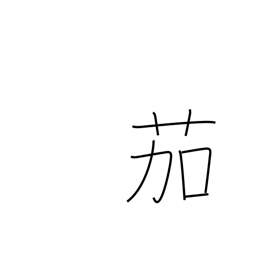
Meaning: eggplant